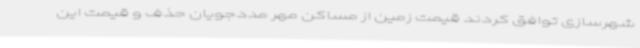
شهرسازی توافق کردند قیمت زمین از مساکن مهر مددجویان حذف و قیمت این